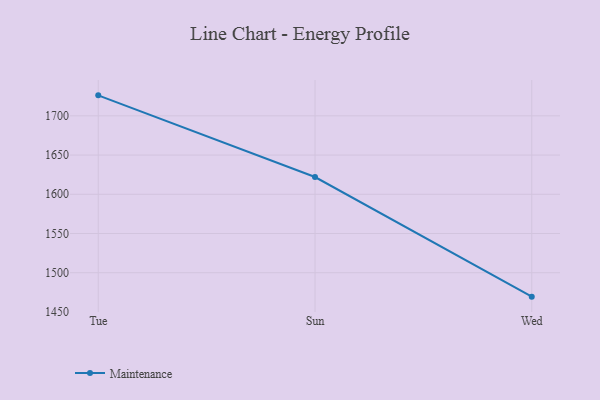
{"axis": {"x": "Day", "y": "Churn Rate (%)"}, "legend": ["Maintenance"], "data": [{"x": "Tue", "y": 1726.1, "type": "Maintenance"}, {"x": "Sun", "y": 1622.0, "type": "Maintenance"}, {"x": "Wed", "y": 1469.5, "type": "Maintenance"}]}